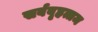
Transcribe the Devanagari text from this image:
सर्ववृहत्तम